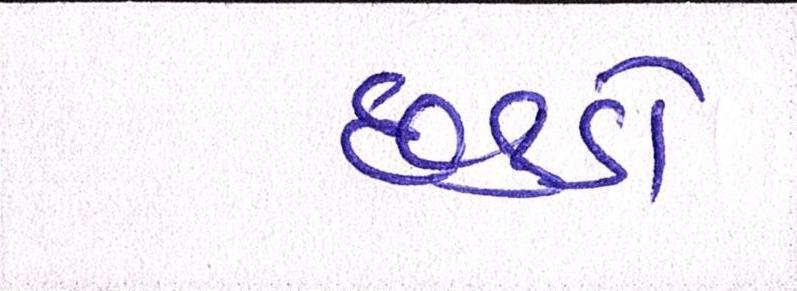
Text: છકડો